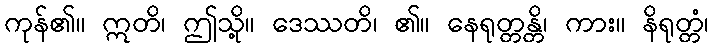
ကုန်၏။ ဣတိ၊ ဤသို့။ ဒေဿတိ၊ ၏။ နေရုတ္တန္တိ၊ ကား။ နိရုတ္တံ၊